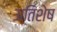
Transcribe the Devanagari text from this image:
अतिशेष